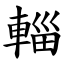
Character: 輜